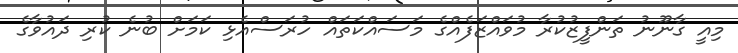
މިއީ ގާނޫނު ތަންފީޒުކުރާ މުވައްޒަފެއްގެ މަސައްކަތައް ހުރަސްއެޅި ކަމަށް ބުނެ ކުރި ދައުވާގެ